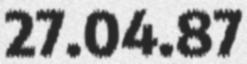
27.04.87